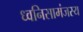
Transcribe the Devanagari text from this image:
ध्वनिसामंजस्य